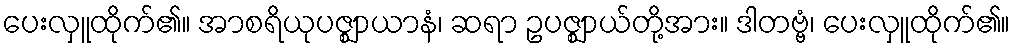
ပေးလှူထိုက်၏။ အာစရိယုပဇ္ဈာယာနံ၊ ဆရာ ဥပဇ္ဈာယ်တို့အား။ ဒါတဗ္ဗံ၊ ပေးလှူထိုက်၏။